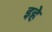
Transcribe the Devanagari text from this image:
इहे